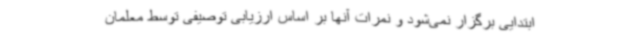
ابتدایی برگزار نمی‌شود و نمرات آنها بر اساس ارزیابی توصیفی توسط معلمان